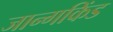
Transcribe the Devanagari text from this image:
जान्गकिंड